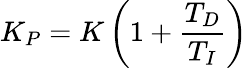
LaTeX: K_{P}=K\left(1+{\frac{T_{D}}{T_{I}}}\right)